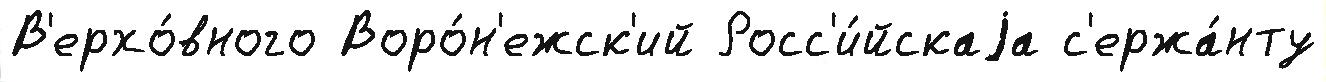
В'ерхо́вного Воро́н'ежск'ий Росс'и́йскаjа с'ержа́нту